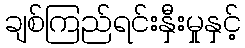
ချစ်ကြည်ရင်းနှီးမှုနှင့်